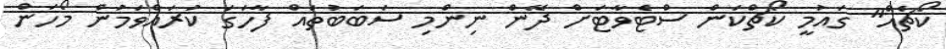
ކޯޗެއް" ގައުމީ ކޯޗްކަން ސްޓެވާޓަށް ދޭން ނިންމި ސަބަބުތައް ފާހަގަ ކުރައްވަމުން މޯހަން